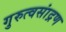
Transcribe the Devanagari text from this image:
गुरुत्वसांद्रण